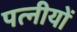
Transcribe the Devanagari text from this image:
पत्नीयों